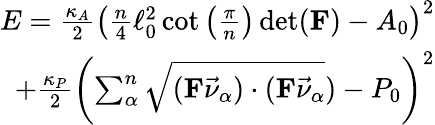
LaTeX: \begin{array}{r}{E=\frac{\kappa_{A}}{2}\left(\frac{n}{4}\ell_{0}^{2}\cot\left(\frac{\pi}{n}\right)\operatorname*{det}(\mathbf{F})-A_{0}\right)^{2}}\\ {+\frac{\kappa_{P}}{2}\left(\sum_{\alpha}^{n}\sqrt{(\mathbf{F}\vec{\nu}_{\alpha})\cdot(\mathbf{F}\vec{\nu}_{\alpha}})-P_{0}\right)^{2}}\end{array}